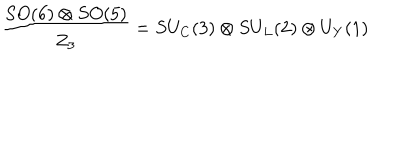
\frac { S O ( 6 ) \otimes S O ( 5 ) } { Z _ { 3 } } = S U _ { C } ( 3 ) \otimes S U _ { L } ( 2 ) \otimes U _ { Y } ( 1 )